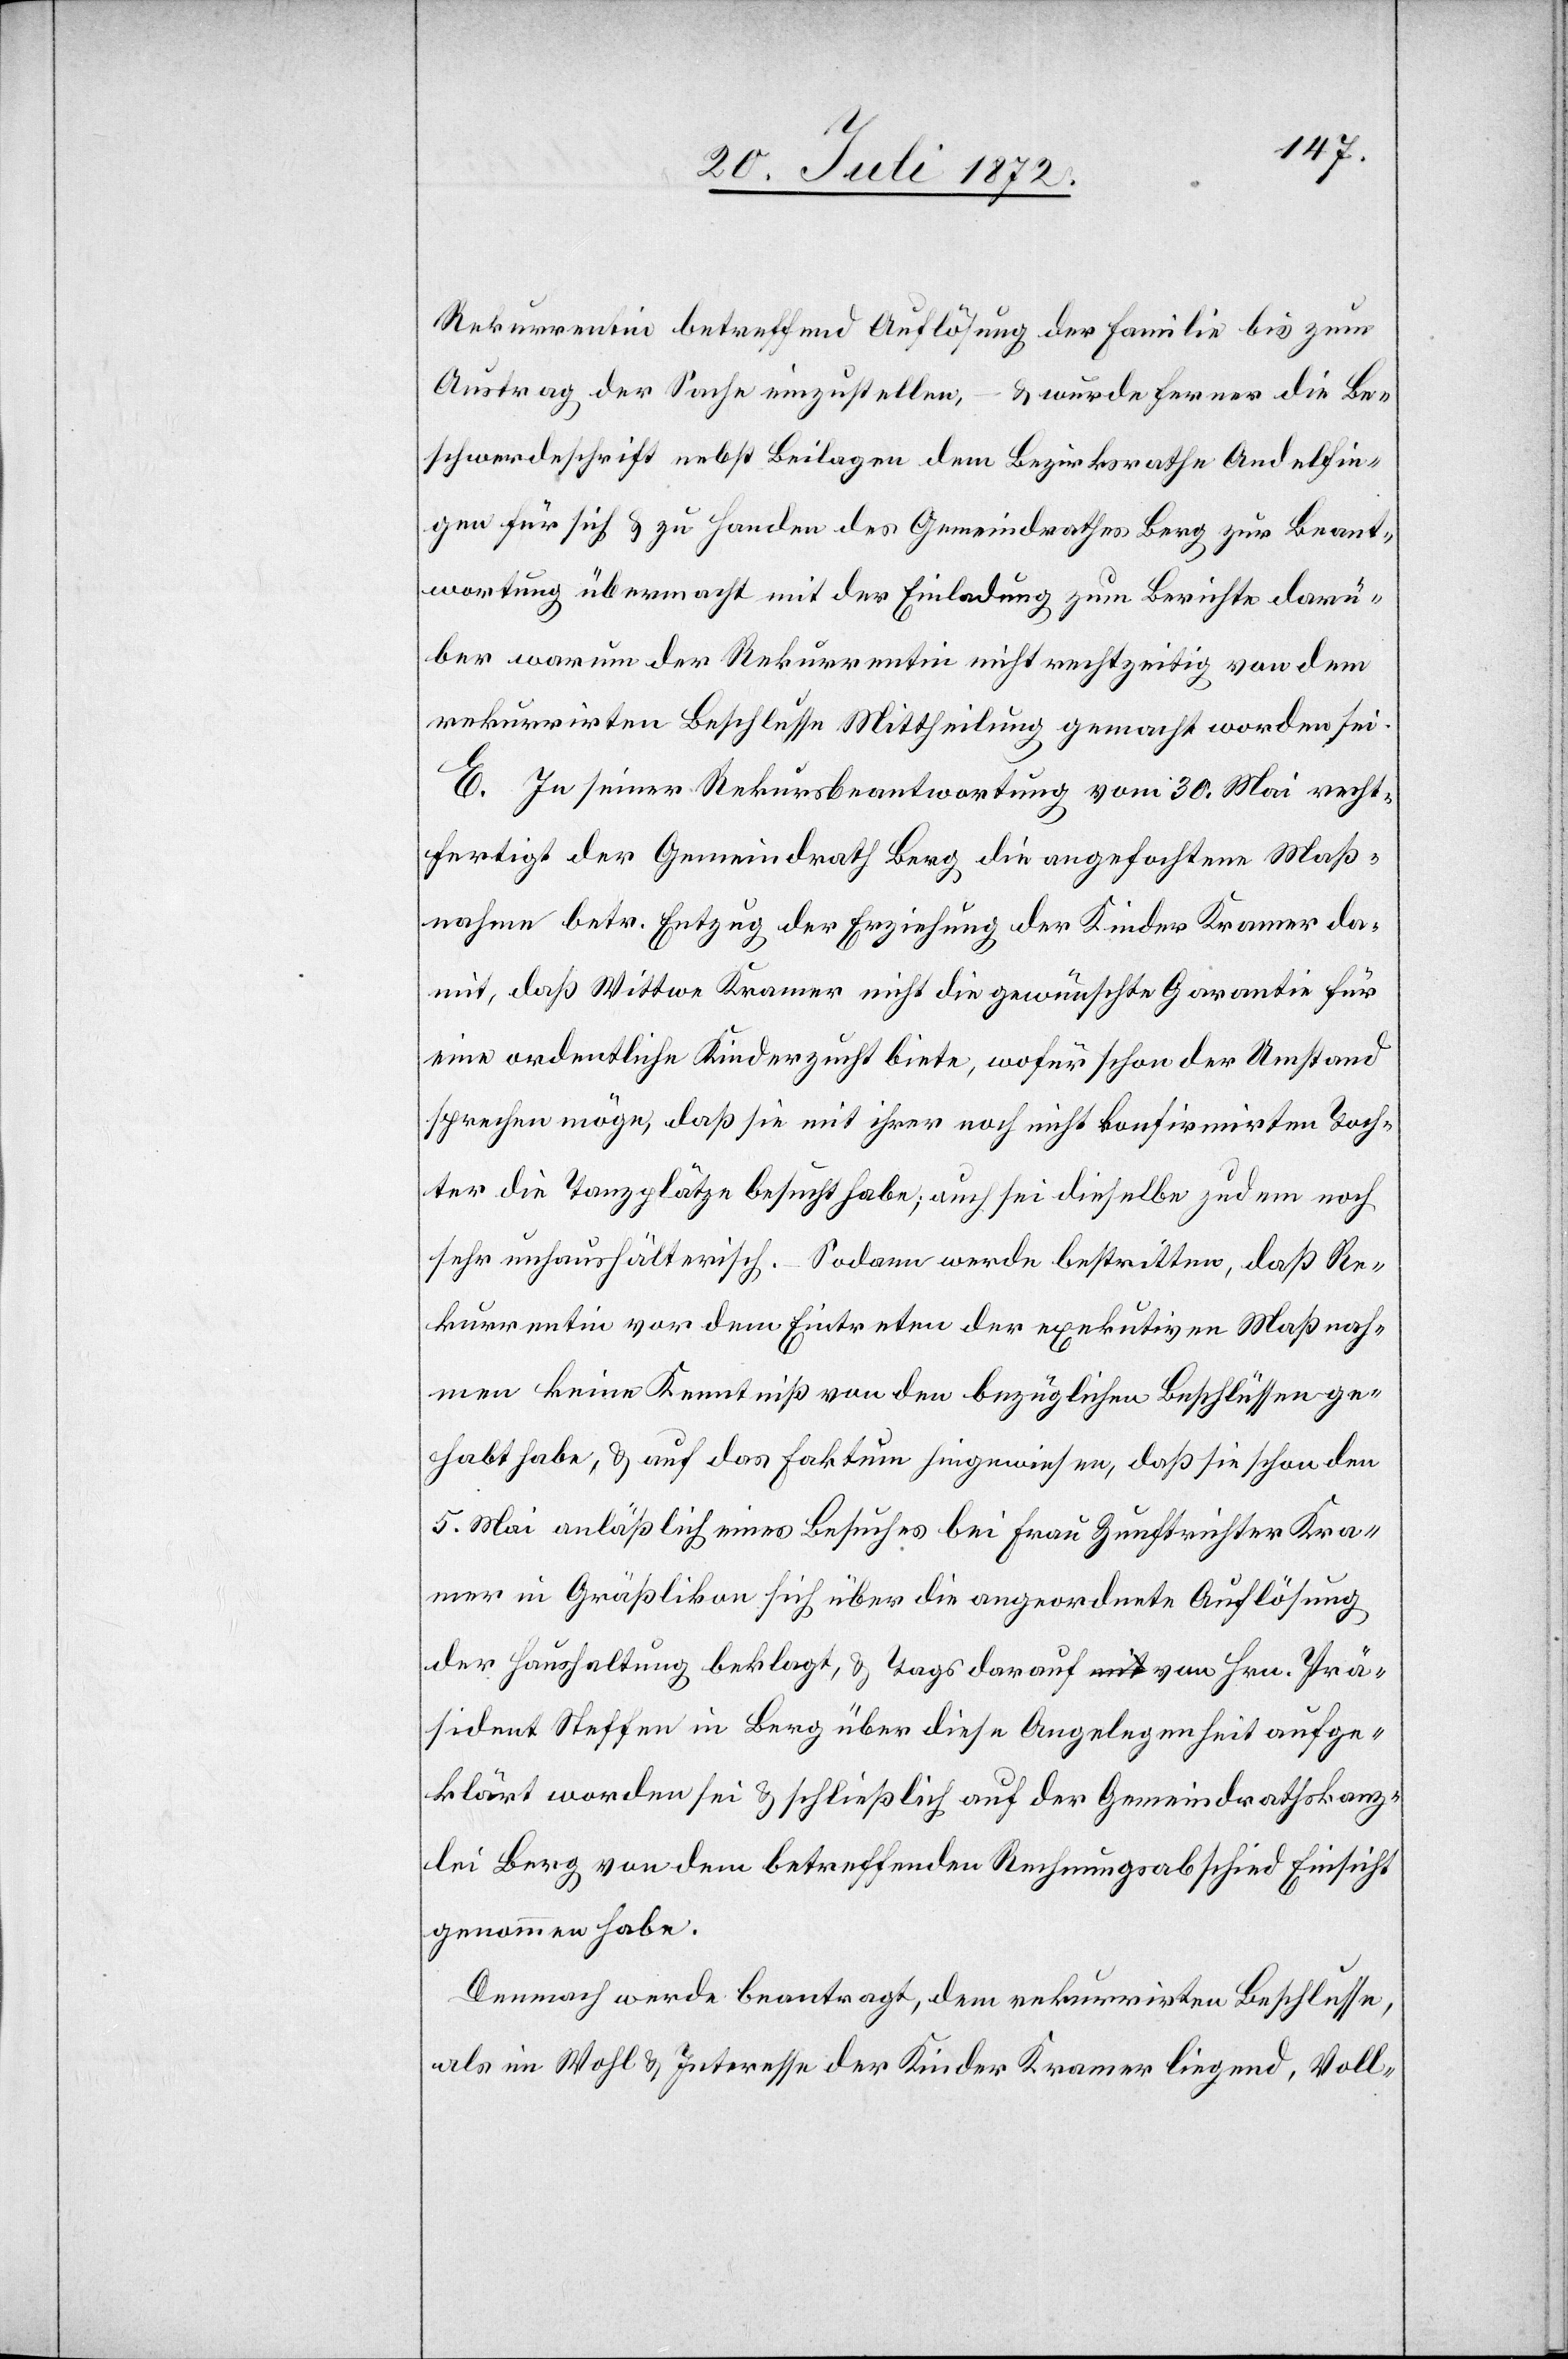
Rekurrentin betreffend Auflösung der Familie bis zum
Austrag der Sache einzustellen, – u. wurde ferner die Be¬
schwerdeschrift nebst Beilagen dem Bezirksrathe Andelfin¬
gen für sich u. zu Handen des Gemeindrathes Berg zur Beant¬
wortung übermacht mit der Einladung zum Berichte darü¬
ber warum der Rekurrentin nicht rechtzeitig von dem
rekurrirten Beschlusse Mittheilung gemacht worden sei.
E. In seine Rekursbeantwortung vom 30. Mai recht¬
fertigt der Gemeindrath Berg die angefochtene Maß¬
nahme betr. Entzug der Erziehung der Kinder Kramer da¬
mit, daß Wittwe Kramer nicht die gewünschte Garantie für
eine ordentliche Kinderzucht biete, wofür schon der Umstand
sprechen möge, daß sie mit ihrer noch nicht konfirmirten Toch¬
ter die Tanzplätze besucht habe; auch sei dieselbe zudem noch
sehr unhaushälterisch. – Sodann werde bestritten, daß Re¬
kurrentin vor dem Eintreten der exekutiven Maßnah¬
men keine Kenntniß von den bezüglichen Beschlüssen ge¬
habt habe, u. auf das Faktum hingewiesen, daß sie schon den
5. Mai anläßlich eines Besuches bei Frau Zunftrichter Kra¬
mer in Gräßlikon sich über die angeordnete Auflösung
der Haushaltung beklagt, u. Tags darauf von Hrn. Prä¬
sident Neffen in Berg über diese Angelegenheit aufge¬
klärt worden sei u. schließlich auf der Gemeindrathskanz¬
lei Berg von dem betreffenden Rechnungsabschied Einsicht
genommen habe.
Demnach werde beantragt, dem rekurrirten Beschlusse,
als im Wohl u. Interesse der Kinder Kramer liegend, Voll-